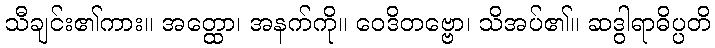
သီချင်း၏ကား။ အတ္ထော၊ အနက်ကို။ ဝေဒိတဗ္ဗော၊ သိအပ်၏။ ဆဒွါရာဓိပ္ပတိ